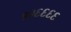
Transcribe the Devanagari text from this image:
११६६६६